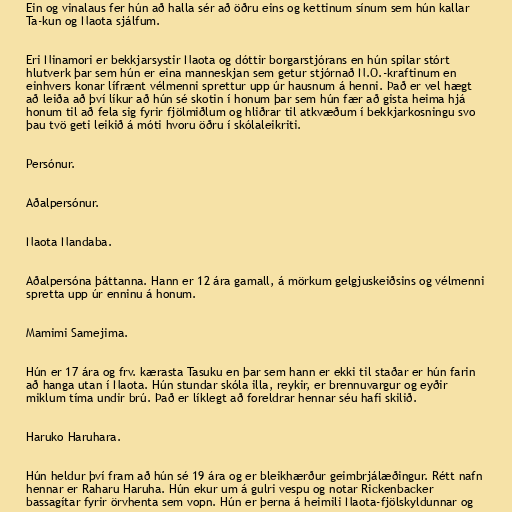
Ein og vinalaus fer hún að halla sér að öðru eins og kettinum sínum sem hún kallar
Ta-kun og Naota sjálfum.

Eri Ninamori er bekkjarsystir Naota og dóttir borgarstjórans en hún spilar stórt
hlutverk þar sem hún er eina manneskjan sem getur stjórnað N.O.-kraftinum en
einhvers konar lífrænt vélmenni sprettur upp úr hausnum á henni. Það er vel hægt
að leiða að því líkur að hún sé skotin í honum þar sem hún fær að gista heima hjá
honum til að fela sig fyrir fjölmiðlum og hliðrar til atkvæðum í bekkjarkosningu svo
þau tvö geti leikið á móti hvoru öðru í skólaleikriti.

Persónur.

Aðalpersónur.

Naota Nandaba.

Aðalpersóna þáttanna. Hann er 12 ára gamall, á mörkum gelgjuskeiðsins og vélmenni
spretta upp úr enninu á honum.

Mamimi Samejima.

Hún er 17 ára og frv. kærasta Tasuku en þar sem hann er ekki til staðar er hún farin
að hanga utan í Naota. Hún stundar skóla illa, reykir, er brennuvargur og eyðir
miklum tíma undir brú. Það er líklegt að foreldrar hennar séu hafi skilið.

Haruko Haruhara.

Hún heldur því fram að hún sé 19 ára og er bleikhærður geimbrjálæðingur. Rétt nafn
hennar er Raharu Haruha. Hún ekur um á gulri vespu og notar Rickenbacker
bassagítar fyrir örvhenta sem vopn. Hún er þerna á heimili Naota-fjölskyldunnar og